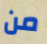
من